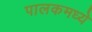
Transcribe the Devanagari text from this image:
पालकमध्ये